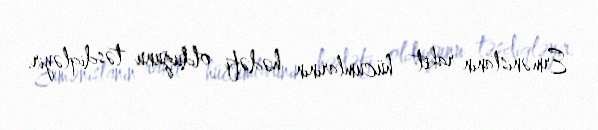
Ermənistanın raket hücumlarının hədəfi olduğunu təsdiqləyir.